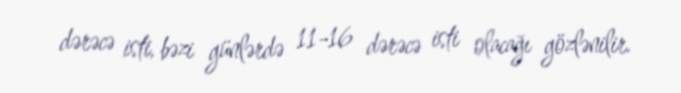
dərəcə isti, bəzi günlərdə 11-16 dərəcə isti olacağı gözlənilir.